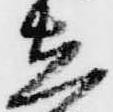
立